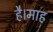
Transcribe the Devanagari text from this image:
है।माह